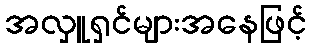
အလှူရှင်များအနေဖြင့်